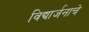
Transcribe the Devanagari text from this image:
विद्यार्जनाचे